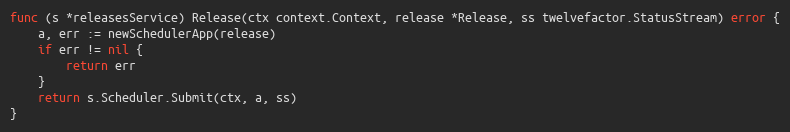
Language: Go
func (s *releasesService) Release(ctx context.Context, release *Release, ss twelvefactor.StatusStream) error {
	a, err := newSchedulerApp(release)
	if err != nil {
		return err
	}
	return s.Scheduler.Submit(ctx, a, ss)
}